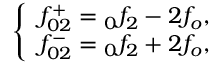
\left\{ \begin{array} { c } { f _ { 0 2 } ^ { + } = \phantom { } _ { 0 } f _ { 2 } - 2 f _ { o } , } \\ { f _ { 0 2 } ^ { - } = \phantom { } _ { 0 } f _ { 2 } + 2 f _ { o } , } \end{array} \right.